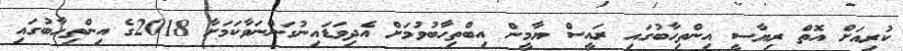
ކުރިއަށް އޮތް ރިޔާސީ އިންތިހާބުގައި ރައީސް ޔާމީން އިބްތިހާބުވުމަށް އެދިވަޑައިނުގަންނަވާކަމަށާ 2018ގެ އިންތިހާބުގައި